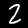
Label: 2